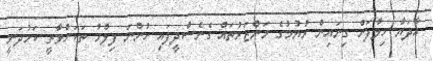
އާދަޔާ ހިލާފަށް ގިނައިން ރުޔުމުގެ މަންޒަރުތައް ގެނެސްދީފައި ހުންނަ ފިލްމު ތަކަށްވާތީ ކަމުދަނީ